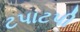
ટપાટપી